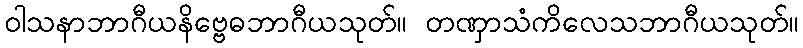
ဝါသနာဘာဂီယနိဗ္ဗေဓဘာဂီယသုတ်။ တဏှာသံကိလေသဘာဂီယသုတ်။